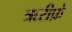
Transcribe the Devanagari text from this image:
ऋरीफ़े